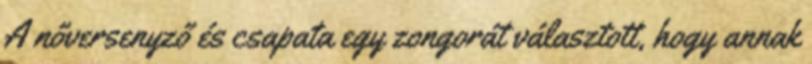
A nőversenyző és csapata egy zongorát választott, hogy annak